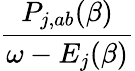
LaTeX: \frac{P_{j,ab}(\beta)}{\omega-E_{j}(\beta)}